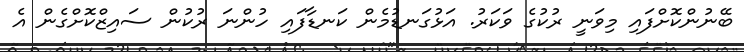
ބޭނުންކޮށްފައި މިވަނީ ރުކުގެ ވަކަރު. އަޅުގަނޑުމެން ކަނޑާފައި ހުންނަ ރުކުން ސައިޒްކޮށްގެން އެ